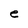
Character: e